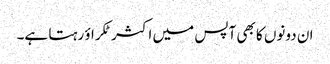
ان دونوں کا بھی آپس میں اکثر ٹکراؤ رہتا ہے۔